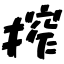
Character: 搾